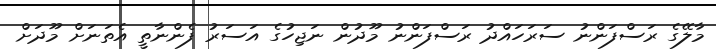
މާލޭގެ ރަސްފަންނު ސަރަހައްދު ރަސްފަންނު މޫދުން ނަޖިހުގެ އަސަރު ފެންނާތީ އެތަނަށް މޫދަށް